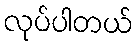
လုပ်ပါတယ်